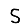
Digit: 5